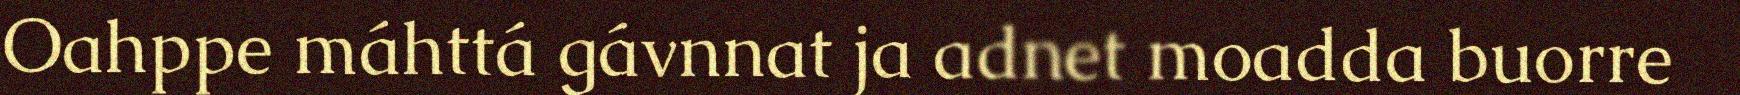
Oahppe máhttá gávnnat ja adnet moadda buorre